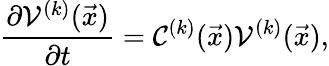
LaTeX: \frac{\partial\mathcal V^{(k)}(\vec{x})}{\partial t}=\mathcal C^{(k)}(\vec{x})\mathcal V^{(k)}(\vec{x}),